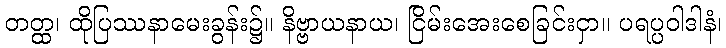
တတ္ထ၊ ထိုပြဿနာမေးခွန်း၌။ နိဗ္ဗာယနာယ၊ ငြိမ်းအေးစေခြင်းငှာ။ ပရပ္ပဝါဒါနံ၊